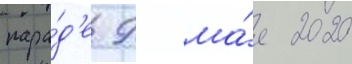
пара́д'е 9 ма́я 2020